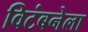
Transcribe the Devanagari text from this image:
विटंबनेला